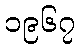
၁၉၆၇